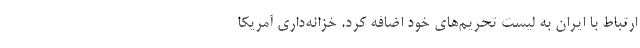
ارتباط با ایران به لیست تحریم‌های خود اضافه کرد. خزانه‌داری آمریکا